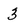
Character: 3